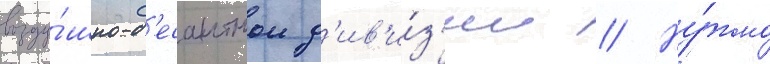
возду́шно-д'есантнои д'ив'и́з'ии // Ну́жно